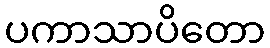
ပကာသာပိတော